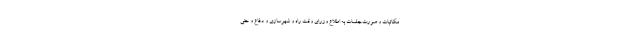
مکاتبات و صورت‌جلسات به اطلاع وزرای وقت راه و شهرسازی و دفاع و حتی